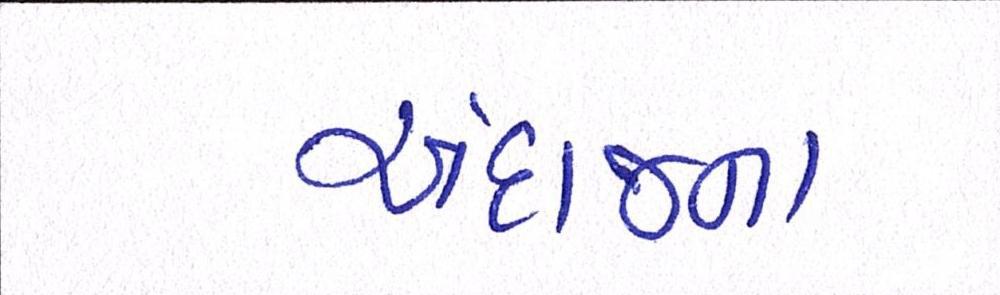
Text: અંદાજના